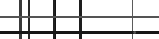
: